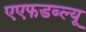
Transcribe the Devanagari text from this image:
एएफडब्ल्‍यू